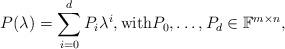
LaTeX: \begin{align*}P(\lambda)=\sum_{i=0}^d P_i \lambda^i, \mbox{with} P_0,\hdots,P_d\in \mathbb{F}^{m\times n},\end{align*}